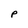
Character: p